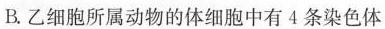
B.乙细胞所属动物的体细胞中有4条染色体